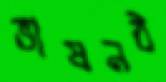
ভাষনঠ